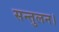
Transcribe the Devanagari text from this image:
सन्तुलन।